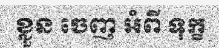
ខ្លួន ចេញ អំពី ទុក្ខ